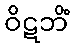
ဝိဋဘိံ